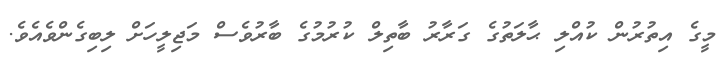
މީގެ އިތުރުން ކުއްލި ޙާލަތުގެ ގަރާރު ބާތިލް ކުރުމުގެ ބާރުވެސް މަޖިލީހަށް ލިބިގެންވެއެވެ.